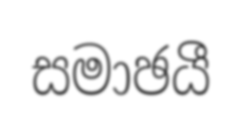
සමාඡයී